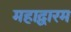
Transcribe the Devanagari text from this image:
महाद्वारम